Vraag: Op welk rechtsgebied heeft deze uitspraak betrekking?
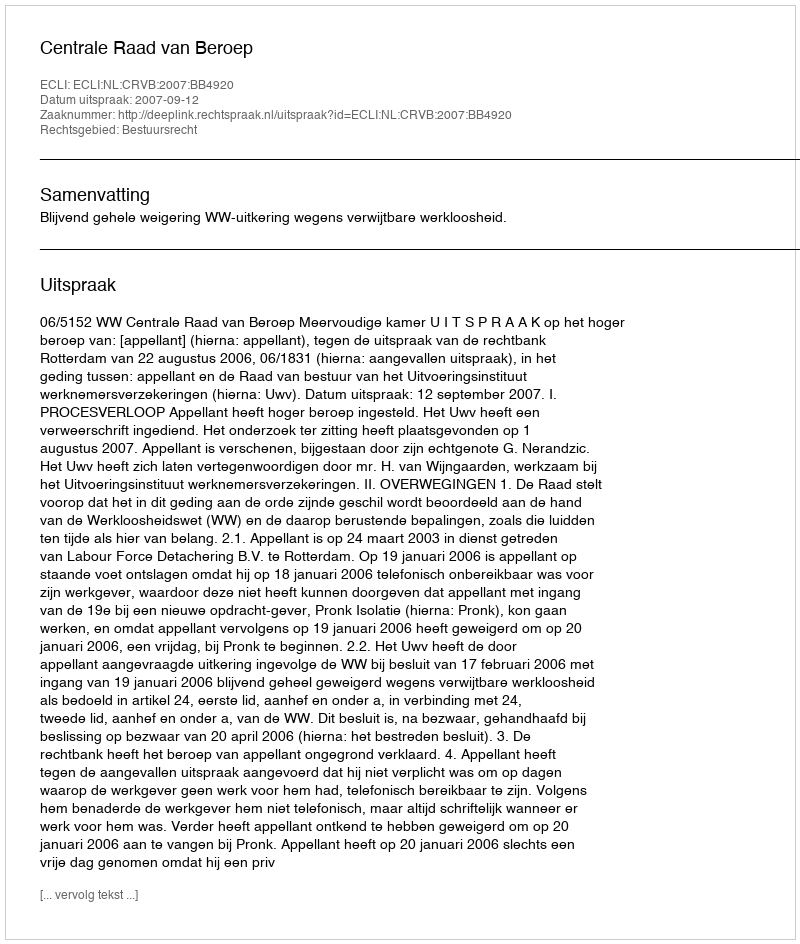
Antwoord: Bestuursrecht